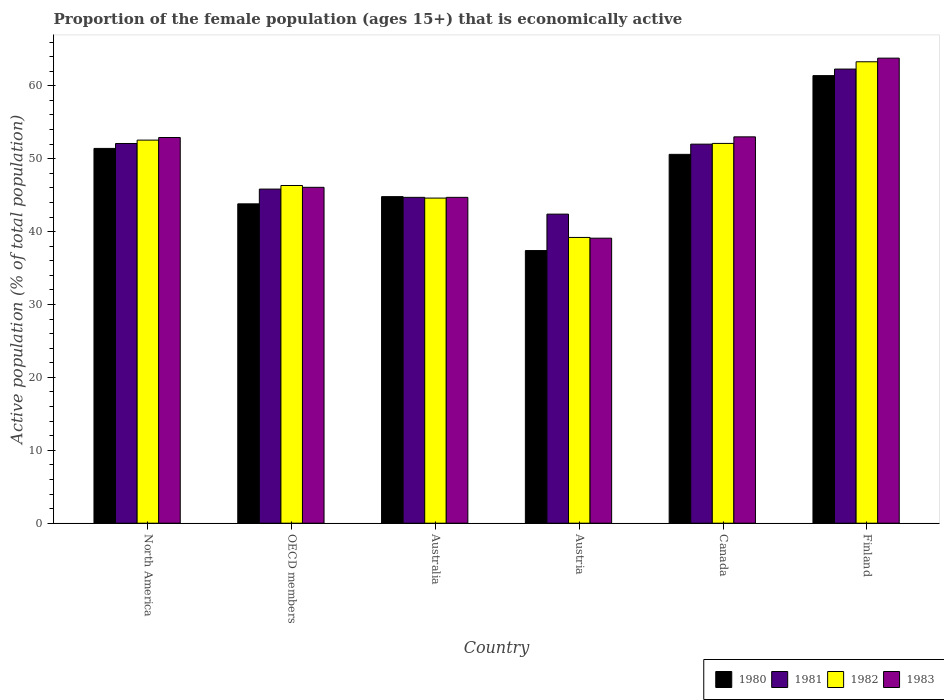
| Country | 1980 | 1981 | 1982 | 1983 |
 | --- | --- | --- | --- | --- |
 | North America | 51.4 | 52.1 | 52.6 | 52.9 |
 | OECD members | 43.8 | 45.8 | 46.3 | 46.1 |
 | Australia | 44.8 | 44.7 | 44.6 | 44.7 |
 | Austria | 37.4 | 42.4 | 39.2 | 39.1 |
 | Canada | 50.6 | 52 | 52.1 | 53 |
 | Finland | 61.4 | 62.3 | 63.3 | 63.8 |